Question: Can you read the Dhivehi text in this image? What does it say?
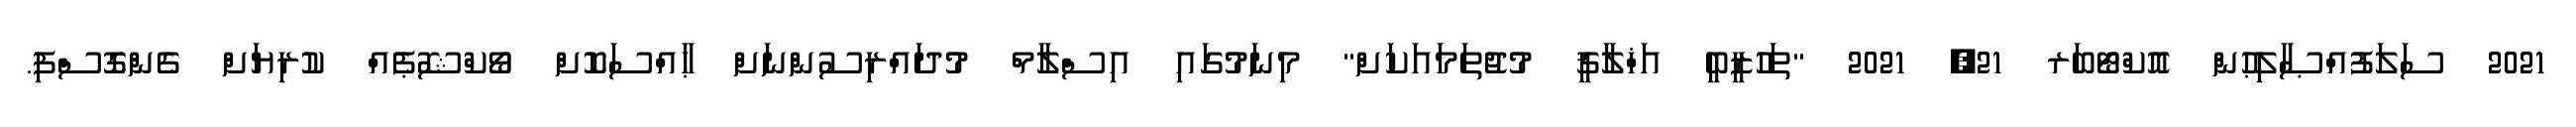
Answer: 2021 ސަލަފުއްޞާލިޙުން އޮކްޓޯބަރ 21, 2021 "ތަހުޒީބީ އަޚްލާޤީ މުޖުތަމައަކަށް" މިނަމުގައި އިސްލާމް މުދައްރިސުންނަށް ޙާއްސަކޮށް ވޯކްޝޮޕެއް ކުރިޔަށް ގެންގޮސްފި.